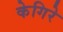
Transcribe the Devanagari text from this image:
केगिरे